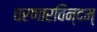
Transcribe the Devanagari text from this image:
चरणारविन्दम्